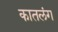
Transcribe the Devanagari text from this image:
कातलंग